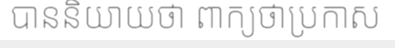
បាននិយាយថា ពាក្យថាប្រកាស